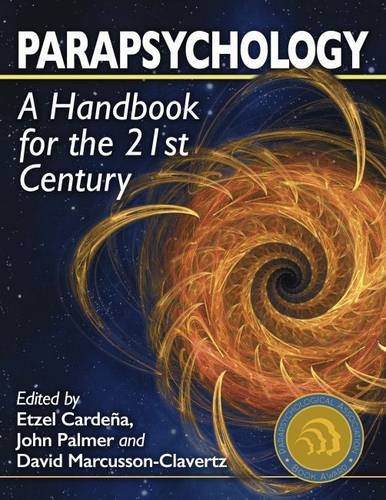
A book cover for Parapsychology: A Handbook for the 21st Century; Etzel CardeÃ±a; Religion & Spirituality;